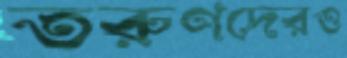
তরুণদেরও